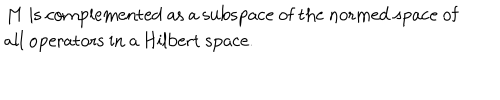
LaTeX: \begin{matrix} { { } } & { { M \ \mathrm { i s ~ c o m p l e m e n t e d ~ a s ~ a ~ s u b s p a c e ~ o f ~ t h e ~ n o r m e d ~ s p a c e ~ o f } } } \\ { { } } & { { \mathrm { a l l ~ o p e r a t o r s ~ i n ~ a ~ H i l b e r t ~ s p a c e . } \hfill } } \\ \end{matrix}